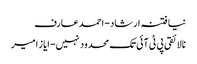
نیا فتنہ ارشاد- احمد عارف
نالائقی پی ٹی آئی تک محدود نہیں- ایاز امیر